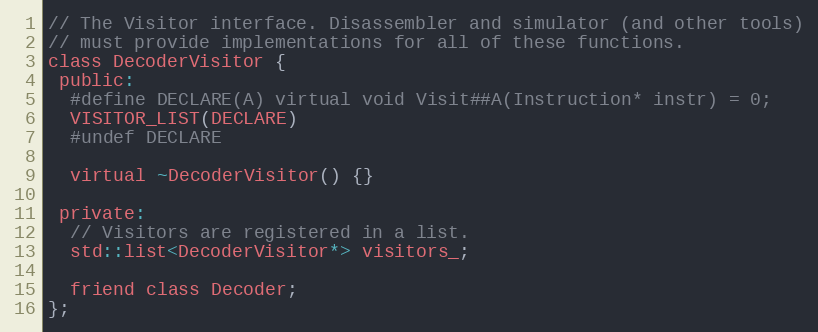
Language: C
// The Visitor interface. Disassembler and simulator (and other tools)
// must provide implementations for all of these functions.
class DecoderVisitor {
 public:
  #define DECLARE(A) virtual void Visit##A(Instruction* instr) = 0;
  VISITOR_LIST(DECLARE)
  #undef DECLARE

  virtual ~DecoderVisitor() {}

 private:
  // Visitors are registered in a list.
  std::list<DecoderVisitor*> visitors_;

  friend class Decoder;
};